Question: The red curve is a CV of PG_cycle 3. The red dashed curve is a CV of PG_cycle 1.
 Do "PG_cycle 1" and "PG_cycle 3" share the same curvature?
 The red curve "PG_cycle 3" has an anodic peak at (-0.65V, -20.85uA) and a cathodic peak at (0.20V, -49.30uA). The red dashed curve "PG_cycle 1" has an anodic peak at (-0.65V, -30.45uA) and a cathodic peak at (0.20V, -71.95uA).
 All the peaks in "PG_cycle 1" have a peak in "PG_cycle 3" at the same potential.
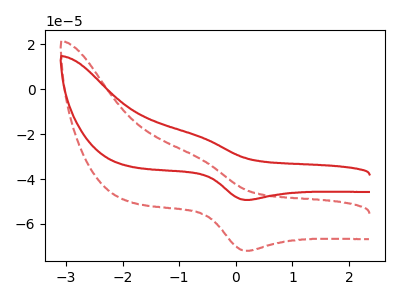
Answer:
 <answer>"PG_cycle 1" and "PG_cycle 3" are similar in shape.</answer>
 <eval>same_shape</eval>